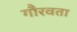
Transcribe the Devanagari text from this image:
गौरवता